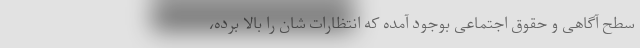
سطح آگاهی و حقوق اجتماعی بوجود آمده که انتظارات شان را بالا برده،